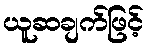
ယူဆချက်ဖြင့်